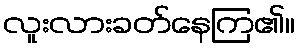
လူးလားခတ်နေကြ၏။